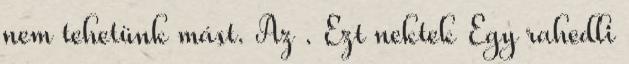
nem tehetünk mást. Az . Ezt nektek Egy rahedli